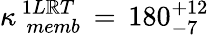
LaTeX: \kappa_{\, \, memb}^{\, 1L\mathbb{R}T}\, =\, 180_{-7}^{+12}